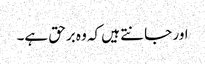
اور جانتے ہیں کہ وہ برحق ہے۔